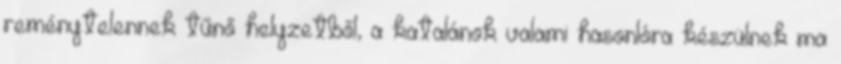
reménytelennek tűnő helyzetből, a katalánok valami hasonlóra készülnek ma